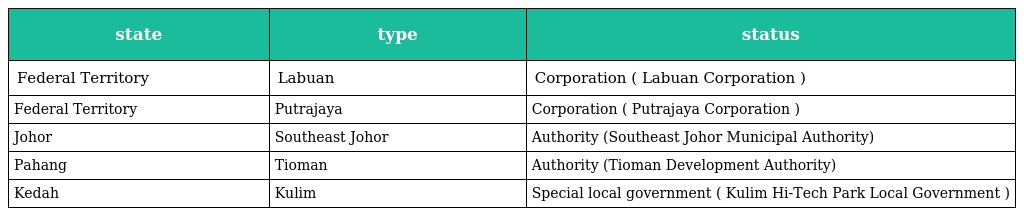
| state | type | status |
 | --- | --- | --- |
 | Federal Territory | Labuan | Corporation ( Labuan Corporation ) |
 | Federal Territory | Putrajaya | Corporation ( Putrajaya Corporation ) |
 | Johor | Southeast Johor | Authority (Southeast Johor Municipal Authority) |
 | Pahang | Tioman | Authority (Tioman Development Authority) |
 | Kedah | Kulim | Special local government ( Kulim Hi-Tech Park Local Government ) |